Problem: 40 + 47 = ?
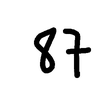
Handwritten answer: 87